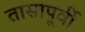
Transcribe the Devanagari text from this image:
तासापूर्वी